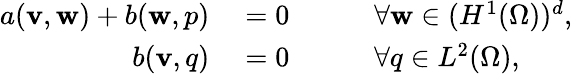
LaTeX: \begin{array}{rlrl}{a({\mathbf v},{\mathbf w})+b({\mathbf w},p)}&{{}=0}&{\quad}&{{}\forall{\mathbf w}\in(H^{1}(\Omega))^{d},}\\ {b({\mathbf v},q)}&{{}=0}&{\quad}&{{}\forall q\in L^{2}(\Omega),}\end{array}